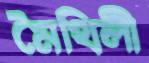
মৈথিলী